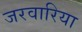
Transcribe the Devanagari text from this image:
जरवारिया